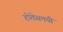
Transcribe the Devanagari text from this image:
होतेसमयी